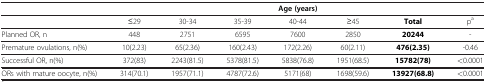
|  | <COLSPAN=7> Age (years) |
 | --- | --- | --- | --- | --- | --- | --- | --- |
 |  | ≤29 | 30-34 | 35-39 | 40-44 | ≥45 | Total | pa |
 | Planned OR, n | 448 | 2751 | 6595 | 7600 | 2850 | 20244 | - |
 | Premature ovulations, n(%) | 10(2.23) | 65(2.36) | 160(2.43) | 172(2.26) | 60(2.11) | 476(2.35) | -0.46 |
 | Successful OR, n(%) | 372(83) | 2243(81.5) | 5378(81.5) | 5838(76.8) | 1951(68.5) | 15782(78) | <0.0001 |
 | ORs with mature oocyte, n(%) | 314(70.1) | 1957(71.1) | 4787(72.6) | 5171(68) | 1698(59.6) | 13927(68.8) | <0.0001 |